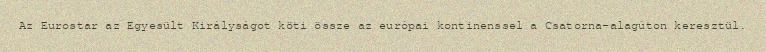
Az Eurostar az Egyesült Királyságot köti össze az európai kontinenssel a Csatorna-alagúton keresztül.